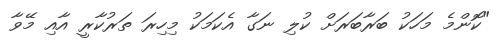
"ކޮންމެ މަހަކު ބަރާބަރަށް ކުލި ނަގާ އެކަމަކު މިހިރަ ތަރުކާރީ އާއި މޭވާ